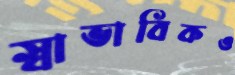
স্বাভাবিকও